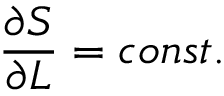
\frac { \partial S } { \partial { \cal { L } } } = c o n s t .